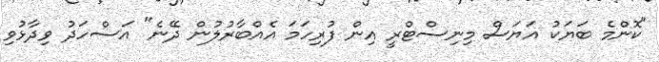
"ކޮންމެ ބަޔަކު އަޔަސް މިނިސްޓްރީ އިން ފުރިހަމަ އެއްބާރުލުން ދޭނެ" އަސްހަދު ވިދާޅުވި